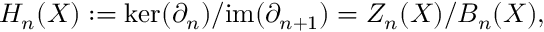
H _ { n } ( X ) : = \ker ( \partial _ { n } ) / \mathrm { i m } ( \partial _ { n + 1 } ) = Z _ { n } ( X ) / B _ { n } ( X ) ,